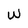
Character: W